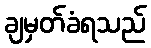
ချမှတ်ခံရသည်